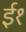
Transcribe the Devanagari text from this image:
ई१